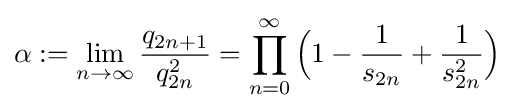
\alpha :=\lim _{n\to \infty }{\frac {q_{2n+1}}{q_{2n}^{2}}}=\prod _{n=0}^{\infty }{\Big (}1-{\frac {1}{s_{2n}}}+{\frac {1}{s_{2n}^{2}}}{\Big )}